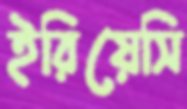
ইরিয়েসি